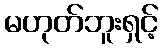
မဟုတ်ဘူးရှင့်